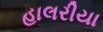
હાલરીયા